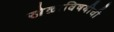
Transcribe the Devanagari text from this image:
खेळाविषयीची